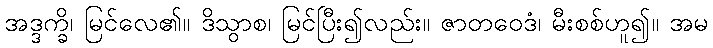
အဒ္ဒက္ခိ၊ မြင်လေ၏။ ဒိသွာစ၊ မြင်ပြီး၍လည်း။ ဇာတဝေဒံ၊ မီးစစ်ဟူ၍။ အမ